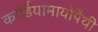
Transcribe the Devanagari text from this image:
कार्डियामायोपैथी